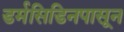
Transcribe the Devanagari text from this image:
डर्मसिडिनपासून